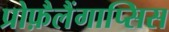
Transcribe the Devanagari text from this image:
प्रोफ़ैलैंगाप्सिस